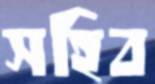
সহিব